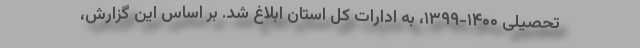
تحصیلی ۱۴۰۰-۱۳۹۹، به ادارات کل استان ابلاغ شد. بر اساس این گزارش،